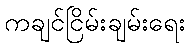
ကချင်ငြိမ်းချမ်းရေး